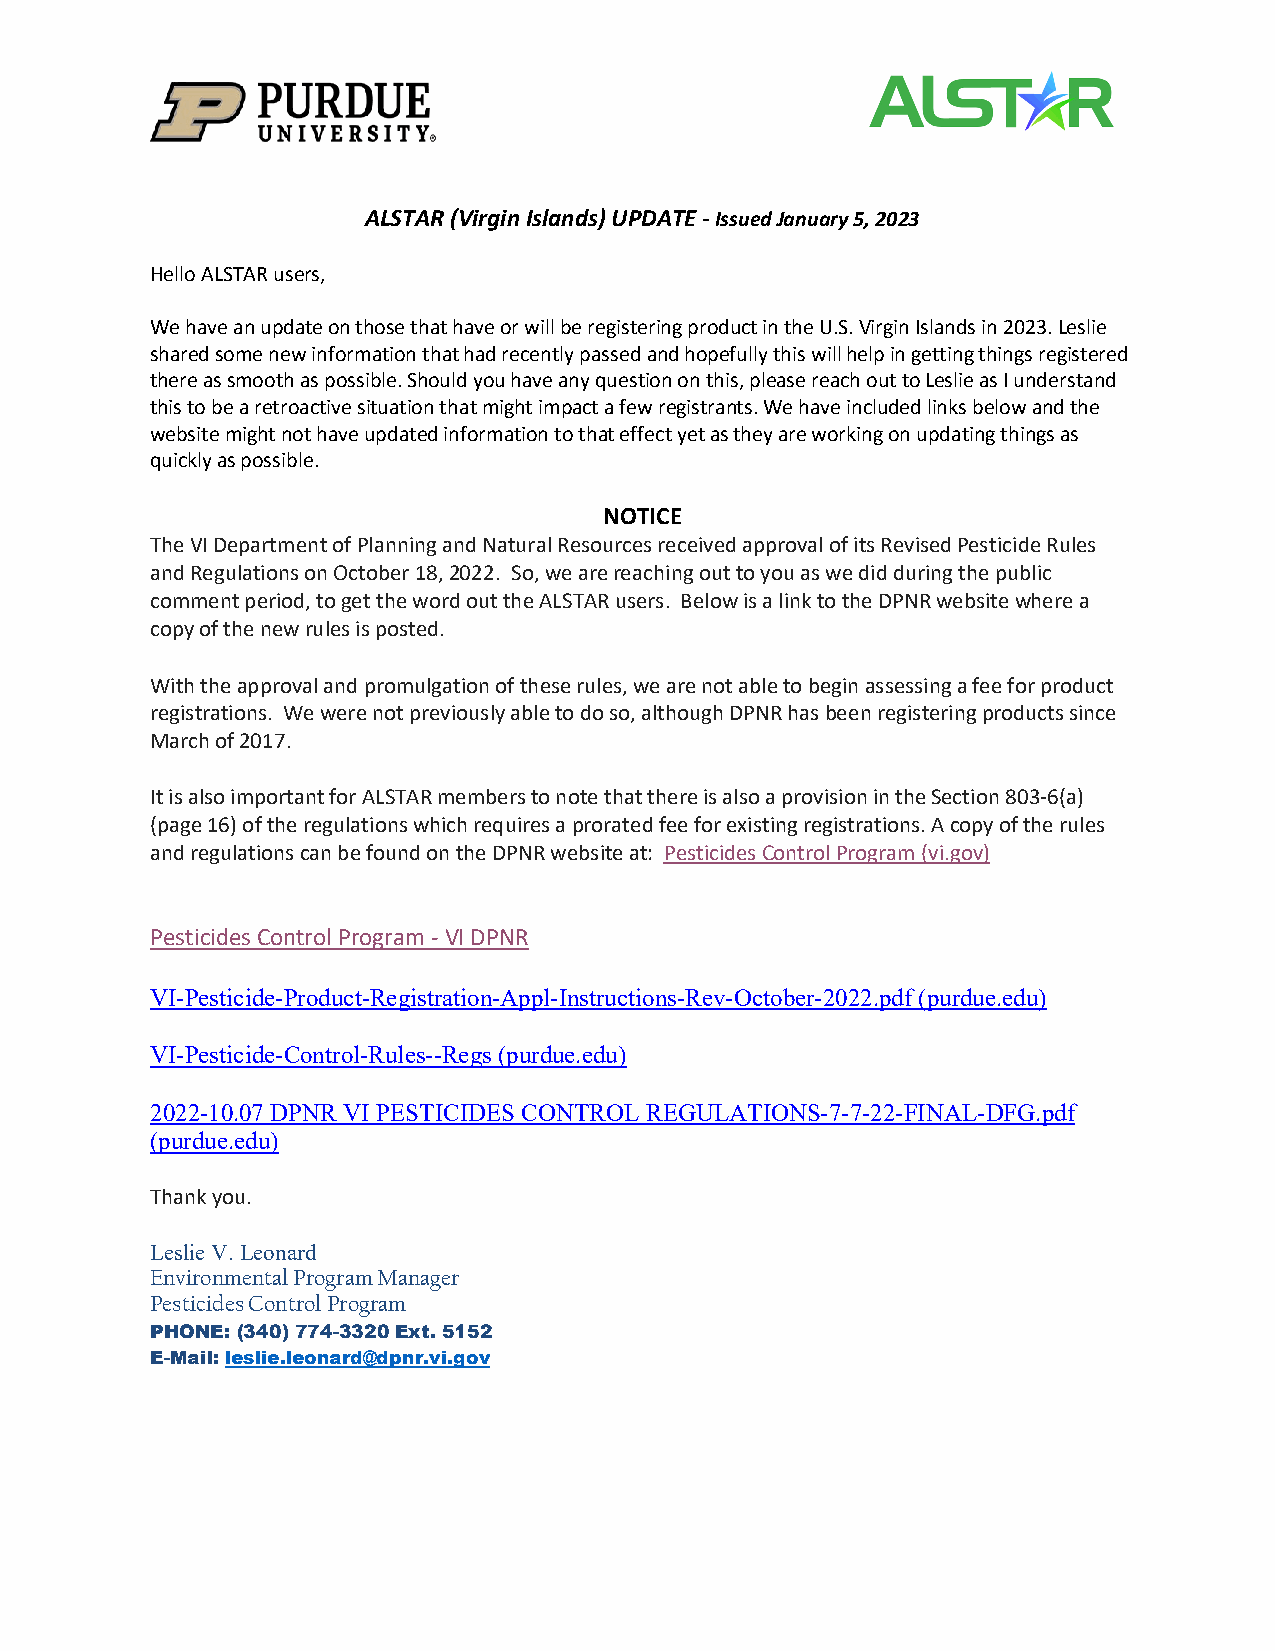
ALSTAR (Virgin Islands) UPDATE - Issued January 5, 2023
 Hello ALSTAR users,
 We have an update on those that have or will be registering product in the U.S. Virgin Islands in 2023. Leslie
 shared some new information that had recently passed and hopefully this will help in getting things registered
 there as smooth as possible. Should you have any question on this, please reach out to Leslie as I understand
 this to be a retroactive situation that might impact a few registrants. We have included links below and the
 website might not have updated information to that effect yet as they are working on updating things as
 quickly as possible.
 NOTICE
 The VI Department of Planning and Natural Resources received approval of its Revised Pesticide Rules
 and Regulations on October 18, 2022. So, we are reaching out to you as we did during the public
 comment period, to get the word out the ALSTAR users. Below is a link to the DPNR website where a
 copy of the new rules is posted.
 With the approval and promulgation of these rules, we are not able to begin assessing a fee for product
 registrations. We were not previously able to do so, although DPNR has been registering products since
 March of 2017.
 It is also important for ALSTAR members to note that there is also a provision in the Section 803-6(a)
 (page 16) of the regulations which requires a prorated fee for existing registrations. A copy of the rules
 and regulations can be found on the DPNR website at: Pesticides Control Program (vi.gov)
 Pesticides Control Program - VI DPNR
 VI-Pesticide-Product-Registration-Appl-Instructions-Rev-October-2022.pdf (purdue.edu)
 VI-Pesticide-Control-Rules--Regs (purdue.edu)
 2022-10.07 DPNR VI PESTICIDES CONTROL REGULATIONS-7-7-22-FINAL-DFG.pdf
 (purdue.edu)
 Thank you.
 Leslie V. Leonard
 Environmental Program Manager
 Pesticides Control Program
 PHONE: (340) 774-3320 Ext. 5152
 E-Mail: leslie.leonard@dpnr.vi.gov